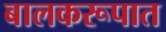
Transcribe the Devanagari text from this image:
बालकरूपात